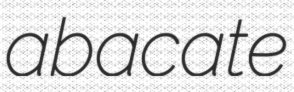
abacate